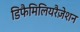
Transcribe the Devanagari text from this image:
डिफैमिलियरैज़ेशन